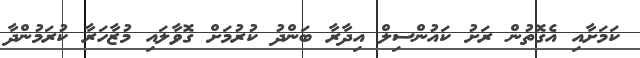
ކަމަށާއި އެގޮތުން ރަށު ކައުންސިލް އިދާރާ ބަންދު ކުރުމަށް ގޮވާލައި މުޒާހަރާ ކުރަމުންދާ